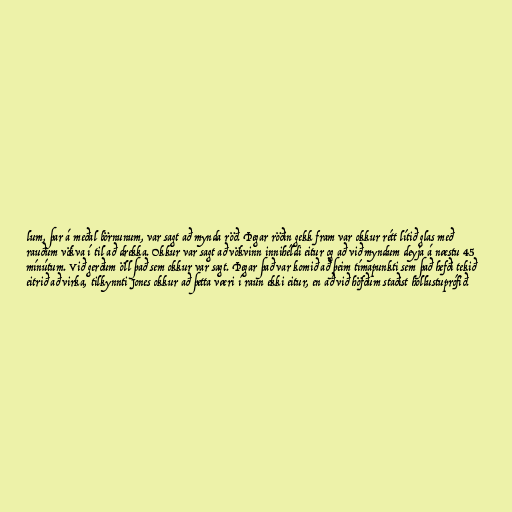
lum, þar á meðal börnunum, var sagt að mynda röð. Þegar röðin gekk fram var okkur rétt lítið glas með
rauðum vökva í til að drekka. Okkur var sagt að vökvinn innihéldi eitur og að við myndum deyja á næstu 45
mínútum. Við gerðum öll það sem okkur var sagt. Þegar það var komið að þeim tímapunkti sem það hefði tekið
eitrið að virka, tilkynnti Jones okkur að þetta væri í raun ekki eitur, en að við höfðum staðist hollustuprófið.